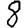
Digit: 8